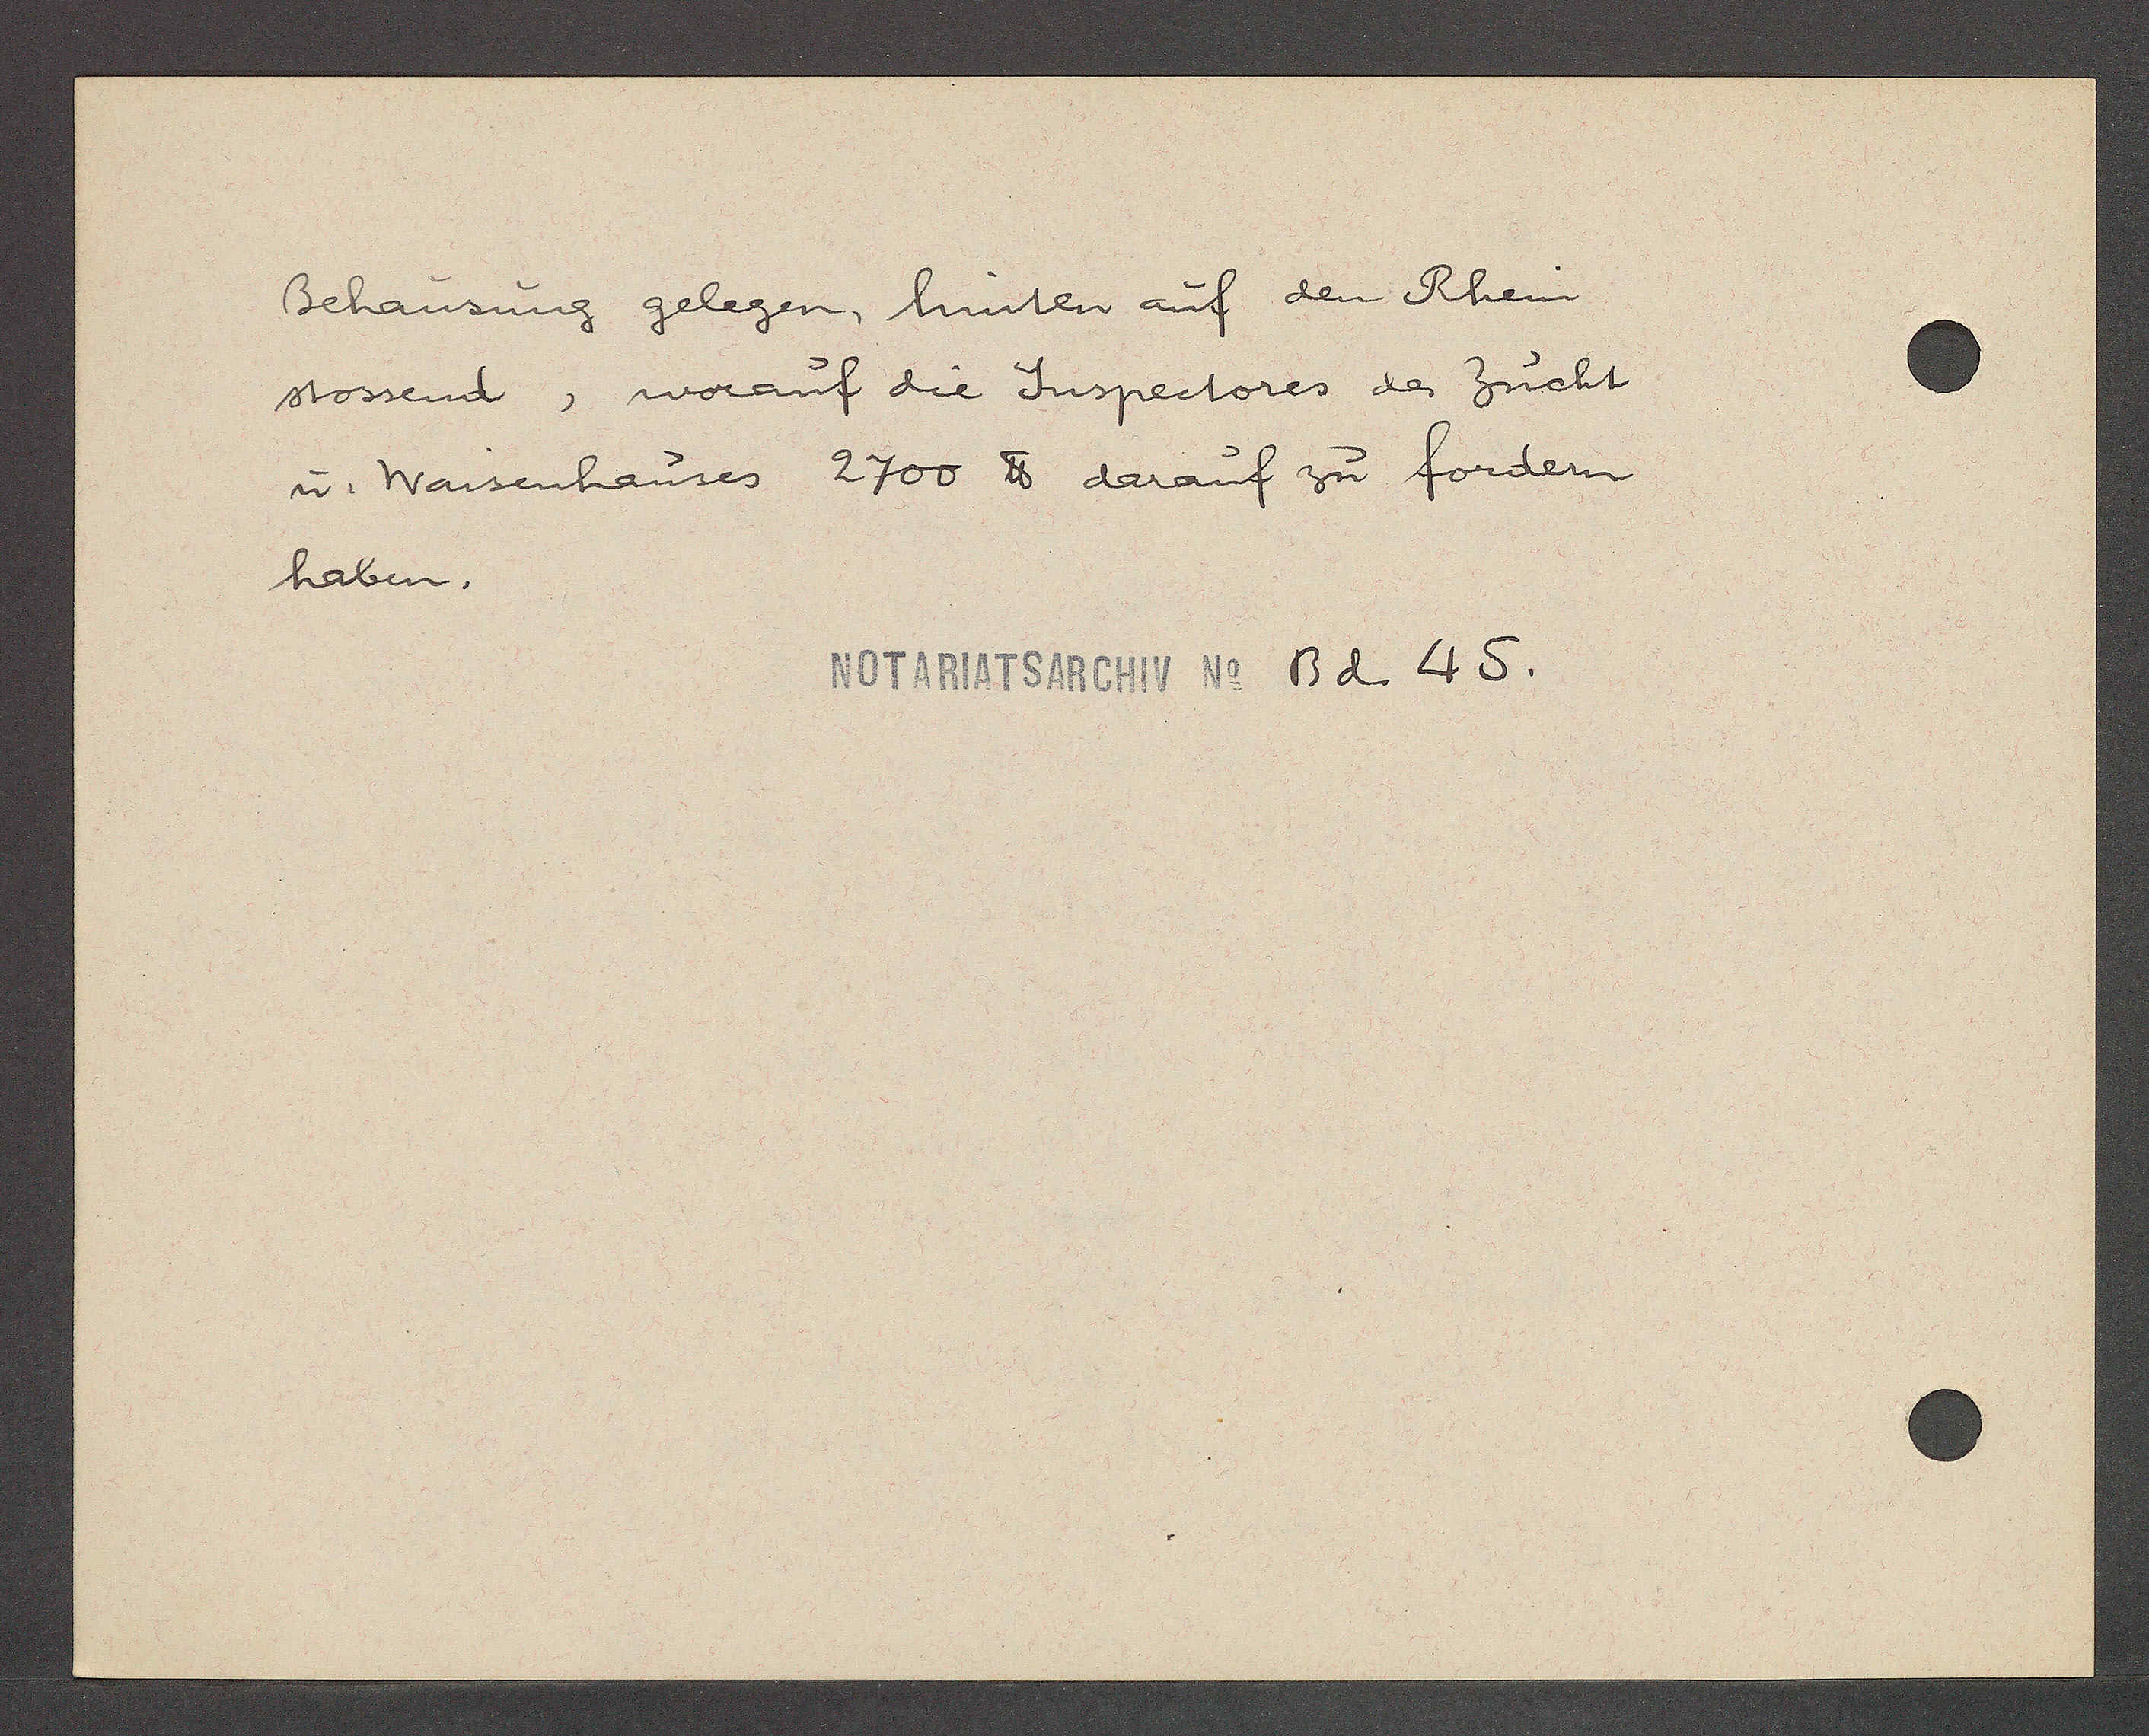
Transcript:
Behausung gelegen, hinten auf den Rhein
stossend, worauf die Juspectores der Zucht
u. Waisenhauses 2700 ℔ darauf zu fordern
haben.

Notariatsarchiv No Bd. 45.